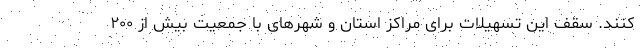
کنند. سقف این تسهیلات برای مراکز استان و شهرهای با جمعیت بیش از ۲۰۰